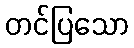
တင်ပြသော